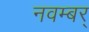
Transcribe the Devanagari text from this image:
नवम्बर्